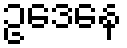
ဥဒေနေ